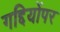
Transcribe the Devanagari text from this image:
गद्दियोंपर